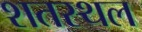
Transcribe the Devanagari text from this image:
शतस्थल